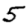
Digit: 5